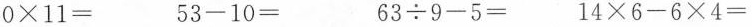
$$0 × 1 1 =$$$$ 5 3 - 1 0 =$$$$ 6 3 ÷ 9 - 5 = $$$$1 4 × 6 - 6 × 4 =$$